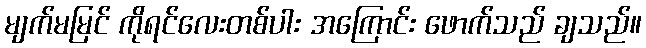
မျက်မမြင် ကိုရင်လေးတစ်ပါး အကြောင်း ဖောက်သည် ချသည်။